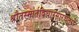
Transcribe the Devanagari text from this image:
श्रौतस्मार्तविचारसारचतुरो